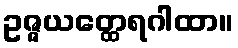
ဥဇ္ဇယတ္ထေရဂါထာ။